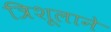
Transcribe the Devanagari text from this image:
त्रिशूलाने